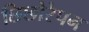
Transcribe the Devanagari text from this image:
छिछोरेपन